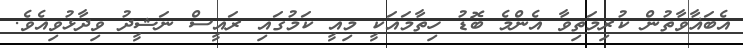
އެބަޣާވާތުން ކުރިމަތިވާ އެންމެ ބޮޑު ހިތާމައަކީ މިއީ ކަމުގައި ރައީސް ނަޝީދު ވިދާޅުވިއެވެ.